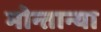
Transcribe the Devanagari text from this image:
मोन्तान्या